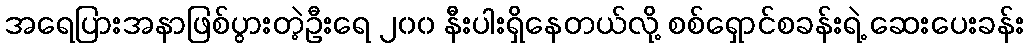
အရေပြားအနာဖြစ်ပွားတဲ့ဦးရေ ၂၀၀ နီးပါးရှိနေတယ်လို့ စစ်ရှောင်စခန်းရဲ့ ဆေးပေးခန်း